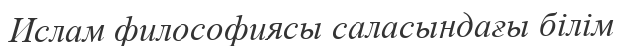
Ислам философиясы саласындағы білім